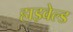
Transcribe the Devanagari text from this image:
हाइवेल्ड